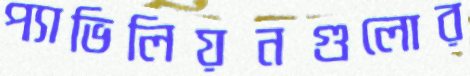
প্যাভিলিয়নগুলোর